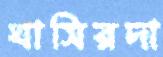
ঘাসিরদা